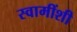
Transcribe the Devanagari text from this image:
स्वामींशी